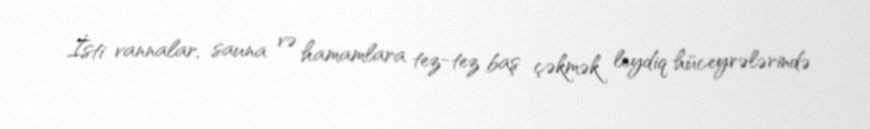
İsti vannalar, sauna və hamamlara tez-tez baş çəkmək leydiq hüceyrələrində